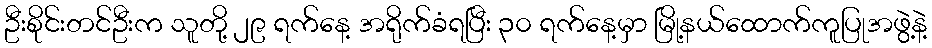
ဦးစိုင်းတင်ဦးက သူတို့ ၂၉ ရက်နေ့ အရိုက်ခံရပြီး ၃၀ ရက်နေ့မှာ မြို့နယ်ထောက်ကူပြုအဖွဲ့နဲ့